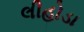
લીહોડા